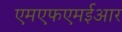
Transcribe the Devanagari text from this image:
एमएफएमईआर